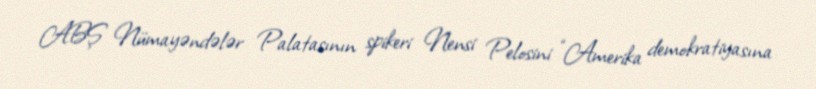
ABŞ Nümayəndələr Palatasının spikeri Nensi Pelosini “Amerika demokratiyasına